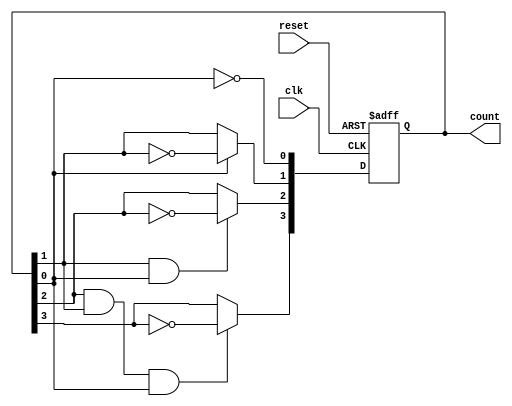
module async_ripple_counter #(
    parameter n = 4  // Number of bits in the counter (default is 4)
)(
    input wire clk,          // Clock input for the first flip-flop
    input wire reset,        // Asynchronous reset signal
    output reg [n-1:0] count // Counter output
);

    // Always block to implement the counter behavior
    always @(posedge clk or posedge reset) begin
        if (reset) begin
            count <= 0; // Reset the counter to 0
        end else begin
            count[0] <= ~count[0]; // Toggle the least significant bit
            // Ripple effect for the remaining bits
            count[1] <= count[0] ? ~count[1] : count[1];
            count[2] <= (count[1] && count[0]) ? ~count[2] : count[2];
            count[3] <= (count[2] && count[1] && count[0]) ? ~count[3] : count[3];
            // Add more bits as needed based on the parameter n
        end
    end

endmodule